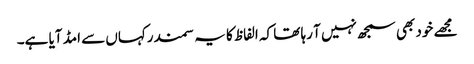
مجھے خود بھی سمجھ نہیں آ رہا تھا کہ الفاظ کا یہ سمندرکہاں سے امڈ آیا ہے۔